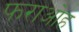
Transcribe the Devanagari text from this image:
फराओह